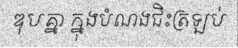
ឌុបគ្នា ក្នុងបំណងជិះត្រឡប់